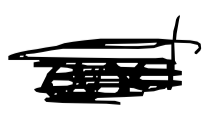
Text: and
Cross-out: mix
Writing tool: digital_black